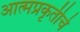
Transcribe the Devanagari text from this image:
आत्मप्रकृतीचे